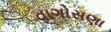
વાગોસણા